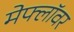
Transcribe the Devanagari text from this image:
मेफ्लॉवर